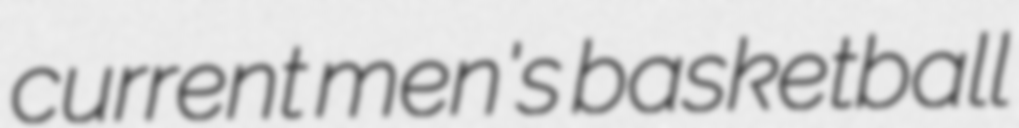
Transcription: current men's basketball